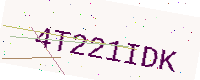
Text: 4T221IDK